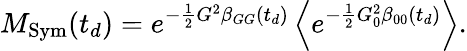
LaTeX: M_{\mathrm{Sym}}(t_{d})=e^{-\frac{1}{2}G^{2}\beta_{GG}(t_{d})}\left\langle e^{-\frac{1}{2}G_{0}^{2}\beta_{00}(t_{d})}\right\rangle.